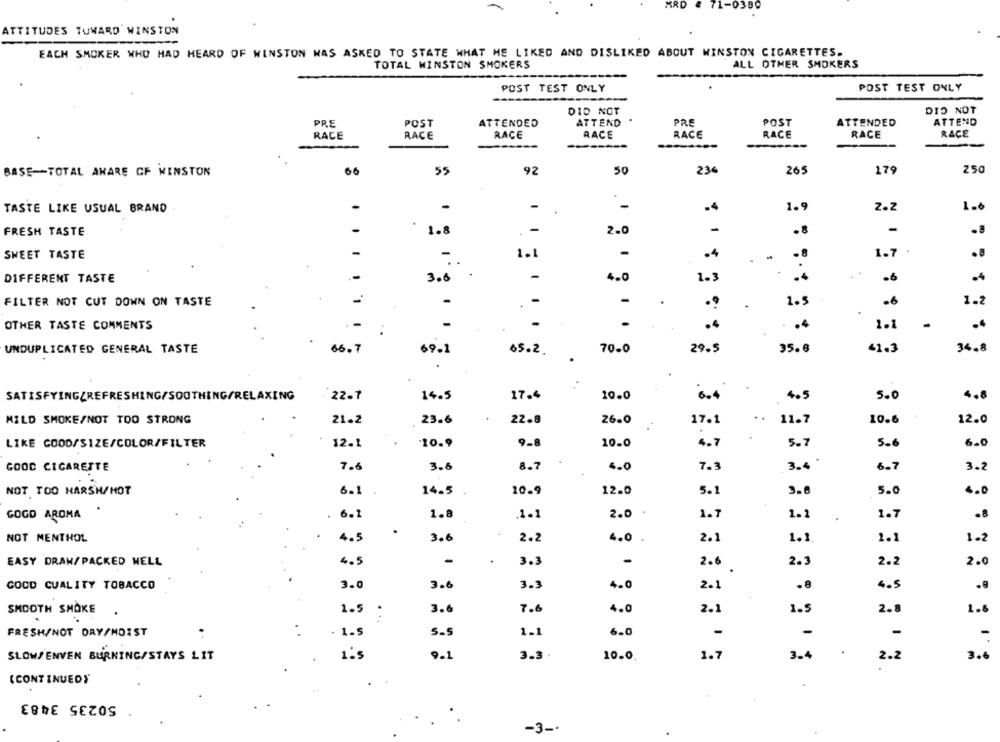
MRD
71-0380
ATTITUDES TOWARD WINSTON
EACH SMOKER WHO HAD HEARD OF WINSTON WAS ASKED TO STATE WHAT HE LIKED AND DISLIKED ABOUT WINSTON CIGARETTES.
TOTAL WINSTON SMOKERS
ALL OTHER SMOKERS
POST TEST ONLY
POST TEST ONLY
LON CIC
DID NOT
.
PRE
POST
ATTENDED
ATTEND
PRE
POST
ATTENDED
ATTEND
RACE
RACE
RACE
RACE
RACE
RACE
RACE
RACE
----
66
55
92
50
23€
265
179
25
BASE-TOTAL AWARE CF WINSTON
-
.4
1.9
2.z
1.
TASTE LIKE USUAL BRAND
FRESH TASTE
1.8
-
2.0
.8
-
-
-
.4
. 8
1.7
SWEET TASTE
1.1
.
..
DIFFERENT TASTE
-
3.6
-
4.0
1.3
..
.6
FILTER NOT CUT DOWN ON TASTE
-
-
1.5
1.2
.
.
OTHER TASTE COMMENTS
--
1.1
..
.
-
.. 4
UNDUPLICATED GENERAL TASTE
66.7
35.6
41.3
34.8
69.1
65.2.
70.0
29.5
SATISFYING/REFRESHING/SOOTHING/RELAXING
22.7
14.5
17.4
10.0
4.5
5.0
4.8
MILD SMOKE/NOT TOO STRONG
21.2
23.6
22.8
26.0
17.1
..
11.7
10.6
12.0
LIKE GOOD/SIZE/COLOR/FILTER
12.1
10.9
10.0
4 . 7
5.7
5.6
6.0
7.6
3.6
8.7
4.0
7.3
3.6 .
6.7
3.2
GOOD CIGARETTE
NOT TOO HARSH/HOT
14.5
10.9
12.0
5.1
3.8
5.0
4.0
GOOD AROMA
6.1
1.8
.1.1
2.0
1.7
1.2
1.7
.8
NOT MENTHOL
4.5
3.6
2.2
4.0 .
2.1
1.3.
1.1
1.2
EASY DRAN/ PACKED WELL
4.5
-
.
3.3
-
2.6
2.3
2.2
2.0
3 .
COCO CUALITY TOBACCO
3.0
3.6
3.3
4.0
2.1
.8
4.5
3.6
7.6
4.0
1.5
SMOOTH SMOKE
1.5
:
2.1
2.
1.6
FRESH/NOT DAY/MOIST
. .
. 1.5
1.1
6.0
-
-
-
.
SLOWSENVEN BURNING/STAYS LIT
1.5
9.1
10.0.
1.7
3.4
2.2
3.6
(CONTINUEDY
50235 3483
-3 --